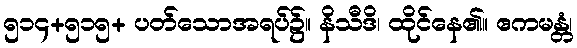
၅၁၄+၅၁၅+ ပတ်သောအရပ်၌။ နိသီဒိ၊ ထိုင်နေ၏။ ဧကမန္တံ၊